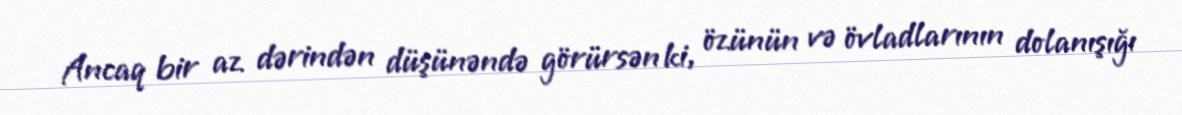
Ancaq bir az dərindən düşünəndə görürsən ki, özünün və övladlarının dolanışığı